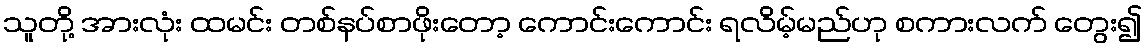
သူတို့ အားလုံး ထမင်း တစ်နပ်စာဖိုးတော့ ကောင်းကောင်း ရလိမ့်မည်ဟု စကားလက် တွေး၍